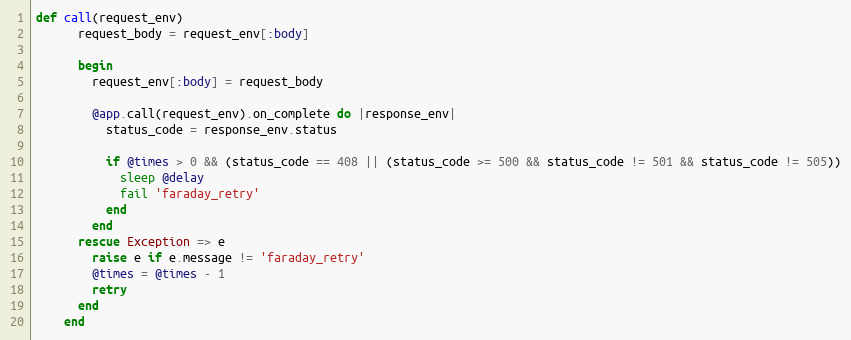
Language: Ruby
def call(request_env)
      request_body = request_env[:body]

      begin
        request_env[:body] = request_body

        @app.call(request_env).on_complete do |response_env|
          status_code = response_env.status

          if @times > 0 && (status_code == 408 || (status_code >= 500 && status_code != 501 && status_code != 505))
            sleep @delay
            fail 'faraday_retry'
          end
        end
      rescue Exception => e
        raise e if e.message != 'faraday_retry'
        @times = @times - 1
        retry
      end
    end